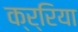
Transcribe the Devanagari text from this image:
क्र्रिया